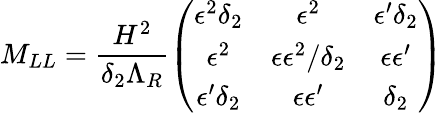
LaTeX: M_{LL}=\frac{H^{2}}{\delta_{2}\Lambda_{R}}\left(\begin{array}{ccc}{{\epsilon^{2}\delta_{2}}}&{{\epsilon^{2}}}&{{\epsilon^{\prime}\delta_{2}}}\\ {{\epsilon^{2}}}&{{\epsilon\epsilon^{2}/\delta_{2}}}&{{\epsilon\epsilon^{\prime}}}\\ {{\epsilon^{\prime}\delta_{2}}}&{{\epsilon\epsilon^{\prime}}}&{{\delta_{2}}}\end{array}\right)